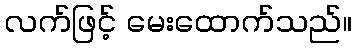
လက်ဖြင့် မေးထောက်သည်။